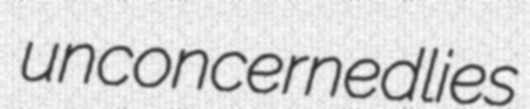
unconcernedlies